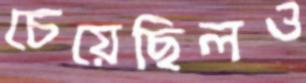
চেয়েছিলও